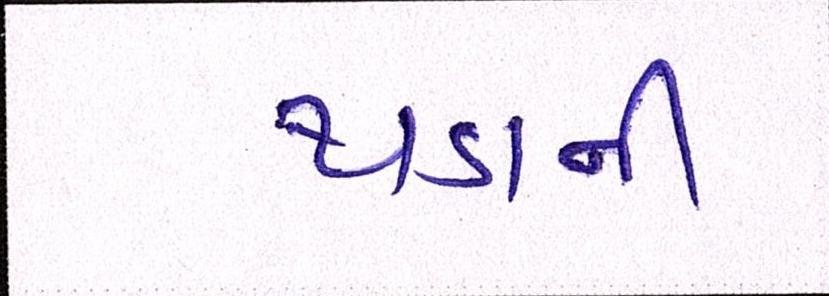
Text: થડાની